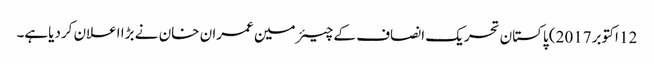
12 اکتوبر2017) پاکستان تحریک انصاف کے چیئرمین عمران خان نے بڑا اعلان کردیاہے۔